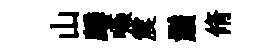
山麟嚥震鬚脩